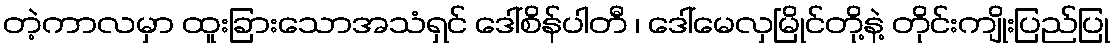
တဲ့ကာလမှာ ထူးခြားသောအသံရှင် ဒေါ်စိန်ပါတီ ၊ ဒေါ်မေလှမြိုင်တို့နဲ့ တိုင်းကျိုးပြည်ပြု